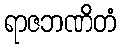
ရာဇဘဏိတံ